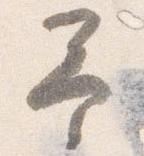
予